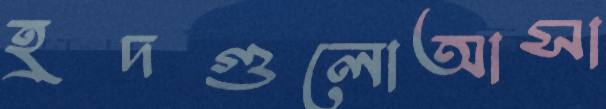
হ্রদগুলোআসা